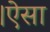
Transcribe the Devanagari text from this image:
।ऐसा